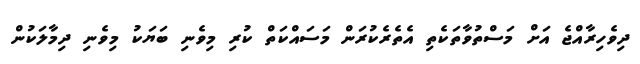
ދިވެހިރާއްޖެ އަށް މަސްތުވާތަކެތި އެތެރެކުރަން މަސައްކަތް ކުރި މިވެނި ބަޔަކު މިވެނި ދިމާލަކުން